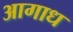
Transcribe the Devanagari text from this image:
आगाध